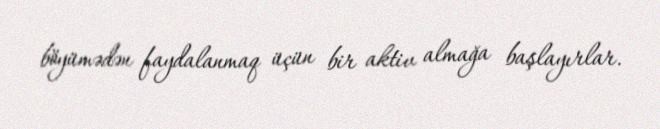
böyümədən faydalanmaq üçün bir aktiv almağa başlayırlar.